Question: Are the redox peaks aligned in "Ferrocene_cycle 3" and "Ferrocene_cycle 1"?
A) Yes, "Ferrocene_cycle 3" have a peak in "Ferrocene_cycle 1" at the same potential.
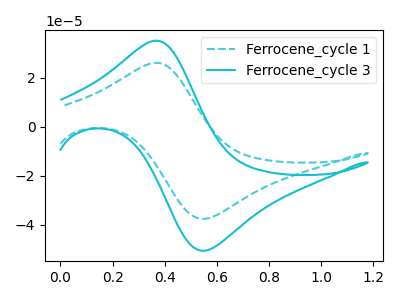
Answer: <think>The cyan dashed curve "Ferrocene_cycle 1" has an anodic peak at (0.35V, 26.10uA) and a cathodic peak at (0.55V, -37.60uA). The cyan curve "Ferrocene_cycle 3" has an anodic peak at (0.35V, 35.10uA) and a cathodic peak at (0.55V, -50.60uA).</think>
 <answer>A) Yes, "Ferrocene_cycle 3" have a peak in "Ferrocene_cycle 1" at the same potential.</answer>
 <eval>A</eval>